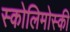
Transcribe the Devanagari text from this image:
स्कोलिमोस्की